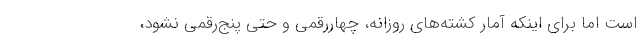
است اما برای اینکه آمار کشته‌های روزانه، چهاررقمی و حتی پنج‌رقمی نشود،